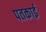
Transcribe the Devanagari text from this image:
पतकाई